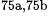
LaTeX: ^\textrm{\scriptsize 75a,75b}